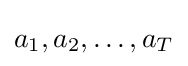
a_{1},a_{2},\ldots ,a_{T}